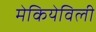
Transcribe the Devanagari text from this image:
मेकियेविली